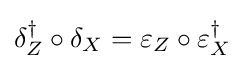
\delta _{Z}^{\dagger }\circ \delta _{X}=\varepsilon _{Z}\circ \varepsilon _{X}^{\dagger }